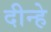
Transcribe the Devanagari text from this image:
दीन्हे